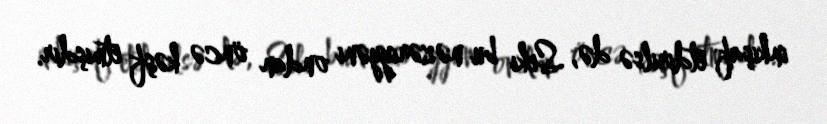
inkişaf etdirilsə də, Seki bu nəzəriyyəni ondan öncə kəşf etmişdir.